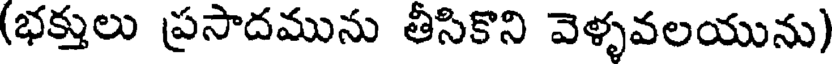
(భక్తులు ప్రసాదమును తీసికొని వెళ్ళవలయును)